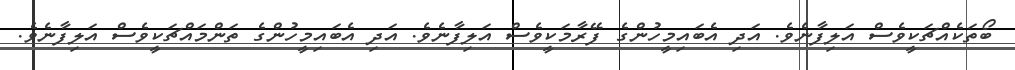
ބޯތަކެއްޗަކީވެސް އަލިފާނެވެ. އަދި އެބައިމީހުންގެ ފޭރާމަކީވެސް އަލިފާނެވެ. އަދި އެބައިމީހުންގެ ތަންމައްޗަކީވެސް އަލިފާނެވެ.